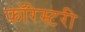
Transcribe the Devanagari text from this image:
फ़ॉरेस्टरी